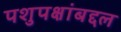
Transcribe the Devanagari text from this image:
पशुपक्षांबद्दल